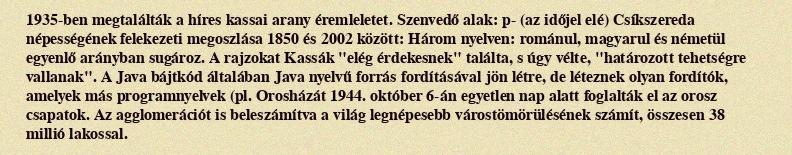
1935-ben megtalálták a híres kassai arany éremleletet. Szenvedő alak: p- (az időjel elé) Csíkszereda népességének felekezeti megoszlása 1850 és 2002 között: Három nyelven: románul, magyarul és németül egyenlő arányban sugároz. A rajzokat Kassák "elég érdekesnek" találta, s úgy vélte, "határozott tehetségre vallanak". A Java bájtkód általában Java nyelvű forrás fordításával jön létre, de léteznek olyan fordítók, amelyek más programnyelvek (pl. Orosházát 1944. október 6-án egyetlen nap alatt foglalták el az orosz csapatok. Az agglomerációt is beleszámítva a világ legnépesebb várostömörülésének számít, összesen 38 millió lakossal.